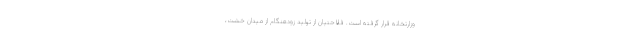
وزارتخانه قرار گرفته است. فلاحتیان از تولید زودهنگام از میدان خشت،